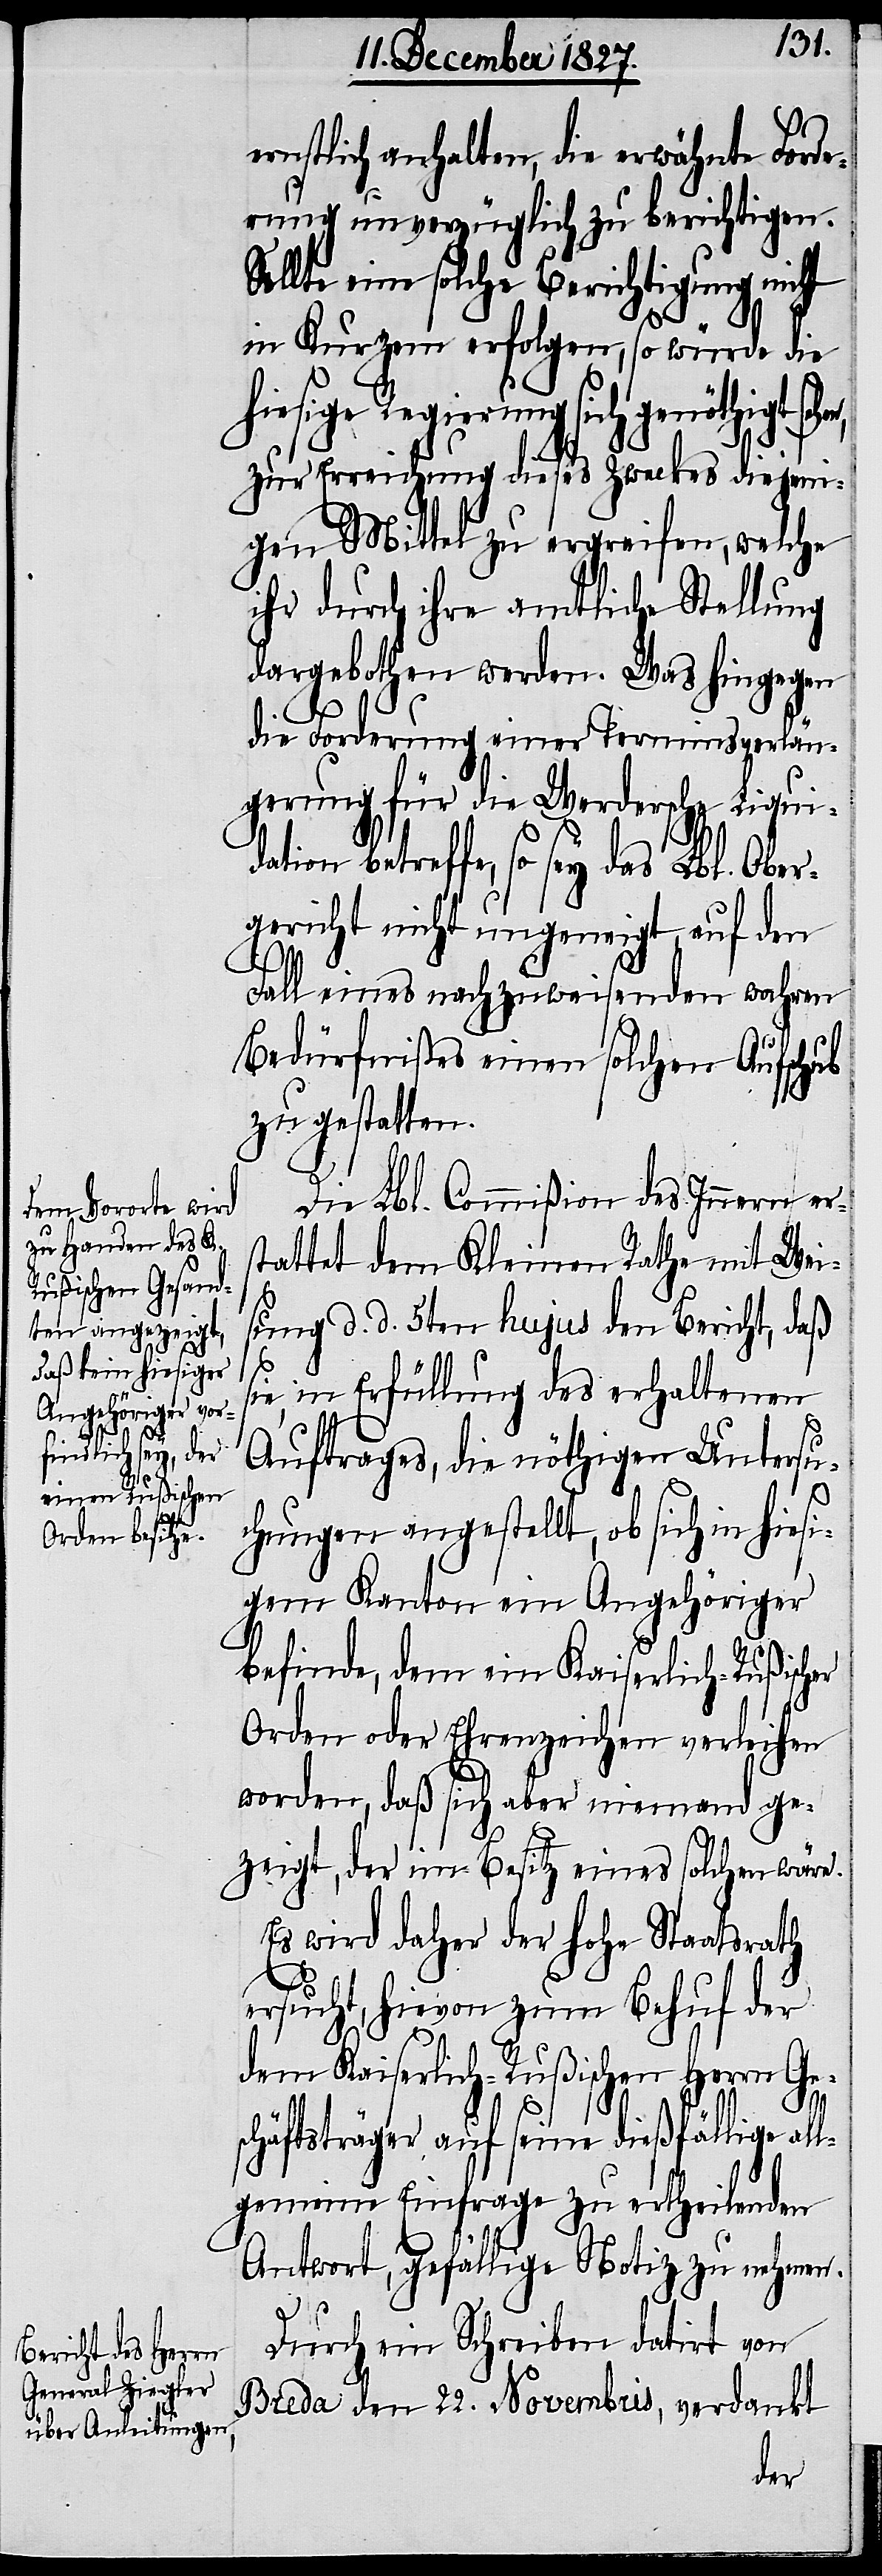
hen,

ernstlich anhalten, die erwähnte Forde¬
rung unverzüglich zu berichtigen.
Sollte eine solche Berichtigung nicht
in Kurzem erfolgen, so würde die
hiesige Regierung sich genöthigt se¬
zur Erreichung dieses Zweckes diejeni¬
gen Mittel zu ergreifen, welche
ihr durch ihre amtliche Stellung
dargebothen werden. Was hingegen
die Forderung einer Terminsverlän¬
gerung für die Werdersche Liqui¬
dation betreffe, so sey das Lbl. Ober¬
gericht nicht ungeneigt, auf den
Fall eines nachzuweisenden wahren
Bedürfnißes einen solchen Aufschub
zu gestatten.
Die Lbl. Commißion des Innern er¬
stattet dem Kleinen Rathe mit Wei¬
sung d. d. 5ten hujus den Bericht, daß
ie, in Erfüllung des erhaltenen
Auftrages, die nöthigen Untersu¬
s¬
chungen angestellt, ob sich in hiesi¬
gem Kanton ein Angehöriger
befinde, dem ein Kaiserlich-Rußischer
Orden oder Ehrenzeichen verleihen
worden, daß sich aber niemand ge¬
zeigt, der im Besitz eines solchen wäre.
Es wird daher der hohe Staatsrath
ersucht, hievon zum Behuf der
dem Kaiserlich-Rußischen Herrn Ge¬
schäftsträger auf seine dießfällige all¬
gemeine Einfrage zu ertheilenden
Antwort, gefällige Notiz zu nehmen.
Durch ein Schreiben datirt von
Breda den 22. Novembris, verdankt